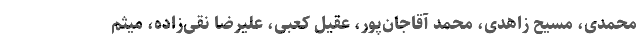
محمدی، مسیح زاهدی، محمد آقاجان‌پور، عقیل کعبی، علیرضا نقی‌زاده، میثم